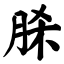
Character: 脎